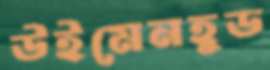
উইমেনহুড